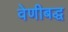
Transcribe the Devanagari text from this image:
वेणीबद्ध